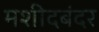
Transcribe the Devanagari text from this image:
मशीदबंदर